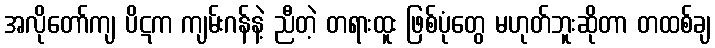
အလိုတော်ကျ ပိဋက ကျမ်းဂန်နဲ့ ညီတဲ့ တရားထူး ဖြစ်ပုံတွေ မဟုတ်ဘူးဆိုတာ တထစ်ချ